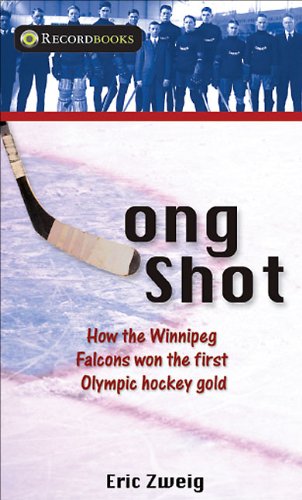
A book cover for Long Shot: How the Winnipeg Falcons won the first Olympic hockey gold (Lorimer Recordbooks); Eric Zweig; Teen & Young Adult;